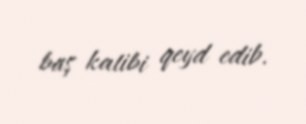
baş katibi qeyd edib.